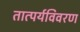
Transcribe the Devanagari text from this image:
तात्पर्यविवरण